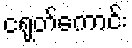
ငရုတ်ကောင်း